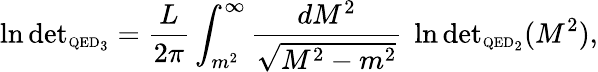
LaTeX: \ln\mathrm{det}_{{\mathrm{\scriptsize{QED}}_{3}}}=\frac{L}{2\pi}\int_{m^{2}}^{\infty}\frac{dM^{2}}{\sqrt{M^{2}-m^{2}}}\ \ln\mathrm{det}_{{\mathrm{\scriptsize{QED}}_{2}}}(M^{2}),